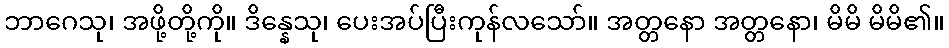
ဘာဂေသု၊ အဖို့တို့ကို။ ဒိန္နေသု၊ ပေးအပ်ပြီးကုန်လသော်။ အတ္တနော အတ္တနော၊ မိမိ မိမိ၏။